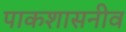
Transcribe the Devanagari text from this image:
पाकशासनीव